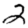
Digit: 2